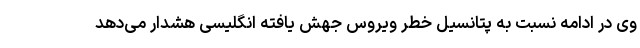
وی در ادامه نسبت به پتانسیل خطر ویروس جهش یافته انگلیسی هشدار می‌دهد